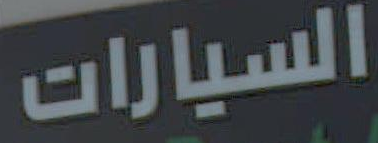
السيارات